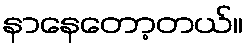
နာနေတော့တယ်။